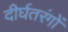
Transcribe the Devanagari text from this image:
दीर्घतरंगों